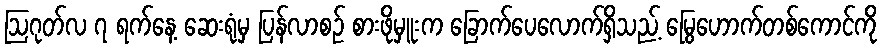
ဩဂုတ်လ ၇ ရက်နေ့ ဆေးရုံမှ ပြန်လာစဉ် စားဖိုမှူးက ခြောက်ပေလောက်ရှိသည့် မြွေဟောက်တစ်ကောင်ကို